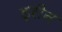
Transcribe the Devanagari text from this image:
ड्रीन